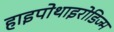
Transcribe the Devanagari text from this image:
हाइपोथाइरोडिज्म